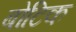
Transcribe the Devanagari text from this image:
बोटिक